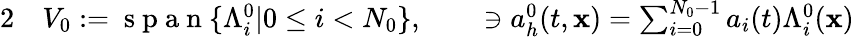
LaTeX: \begin{array}{rlrl}{{2}}&{{}V_{0}:=\mathrm{~s~p~a~n~}\{ \Lambda_{i}^{0}|0\le i<N_{0}\} ,}&{}&{{}\ni{a}_{h}^{0}(t,{\mathbf x})=\sum_{i=0}^{N_{0}-1}a_{i}(t)\Lambda_{i}^{0}({\mathbf x})}\end{array}